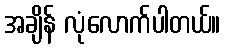
အချိန် လုံလောက်ပါတယ်။